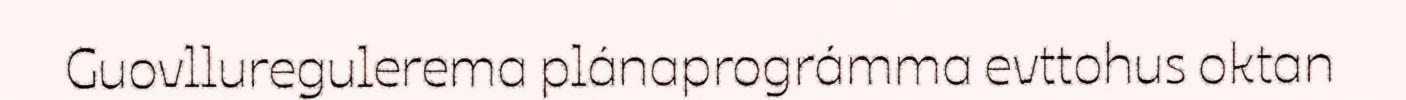
Guovlluregulerema plánaprográmma evttohus oktan